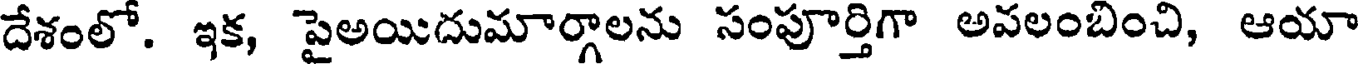
దేశంలో. ఇక, పైఅయిదుమార్గాలను సంపూర్తిగా అపలంబించి, ఆయా